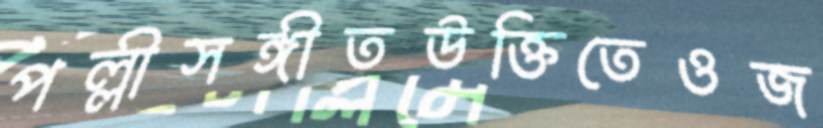
পল্লীসঙ্গীতউক্তিতেওজ